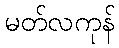
မတ်လကုန်